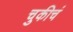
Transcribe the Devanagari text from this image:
चुकीचं